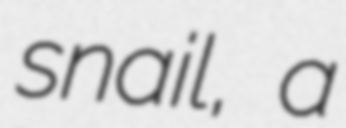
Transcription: snail, a